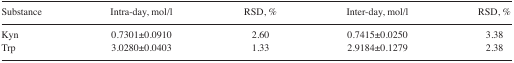
| Substance | Intra-day, mol/l | RSD, % | Inter-day, mol/l | RSD, % |
 | --- | --- | --- | --- | --- |
 | Kyn | 0.7301±0.0910 | 2.60 | 0.7415±0.0250 | 3.38 |
 | Trp | 3.0280±0.0403 | 1.33 | 2.9184±0.1279 | 2.38 |